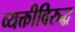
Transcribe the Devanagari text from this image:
व्यक्तीविरुद्ध